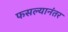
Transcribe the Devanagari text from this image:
फसल्यानंतर